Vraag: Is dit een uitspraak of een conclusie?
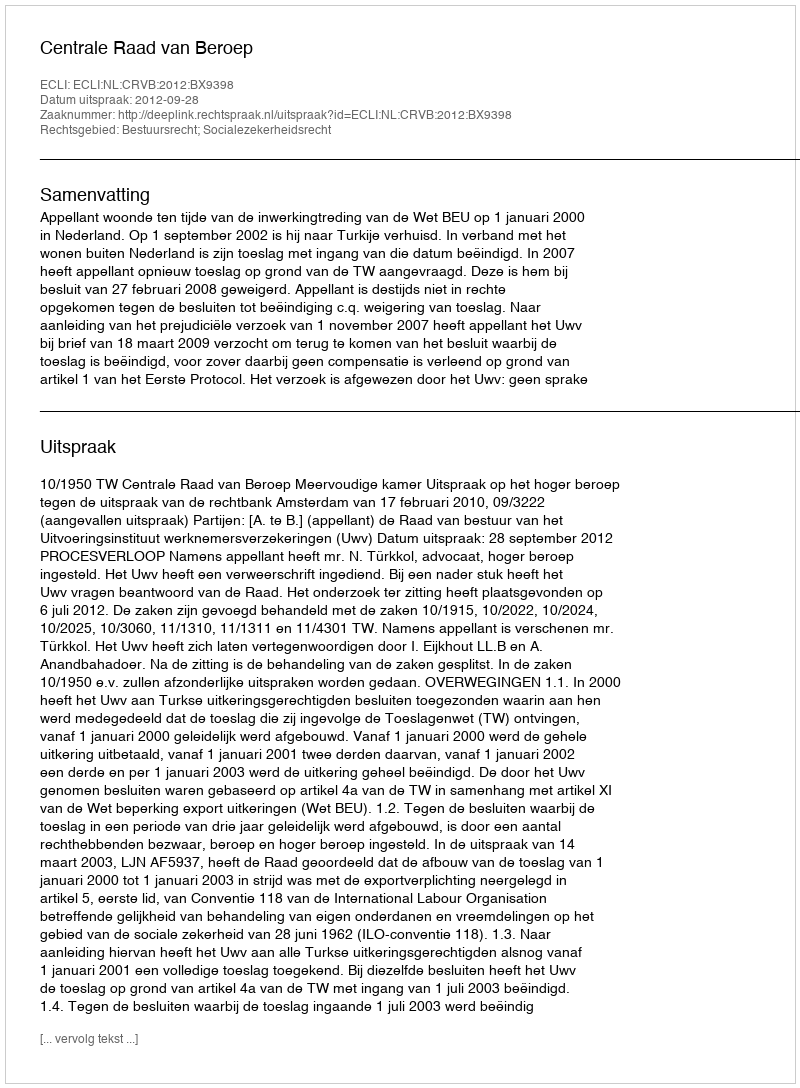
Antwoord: Uitspraak